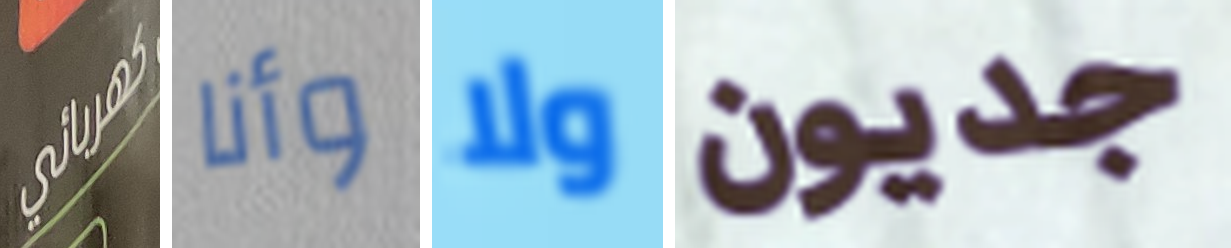
كهربائي وأنا ولا جديون